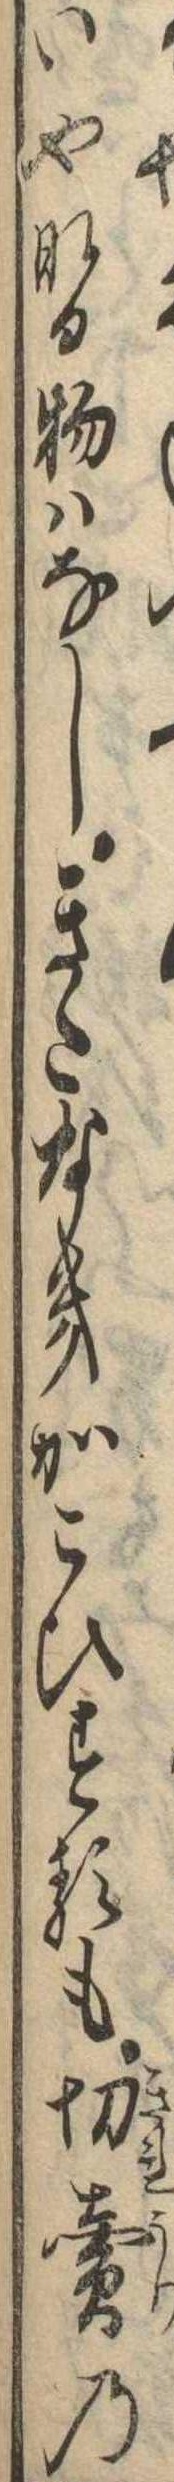
いやなる物はなしきたなきかこひするも切売の